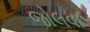
જોલવા